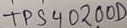
Text: TPS40200D